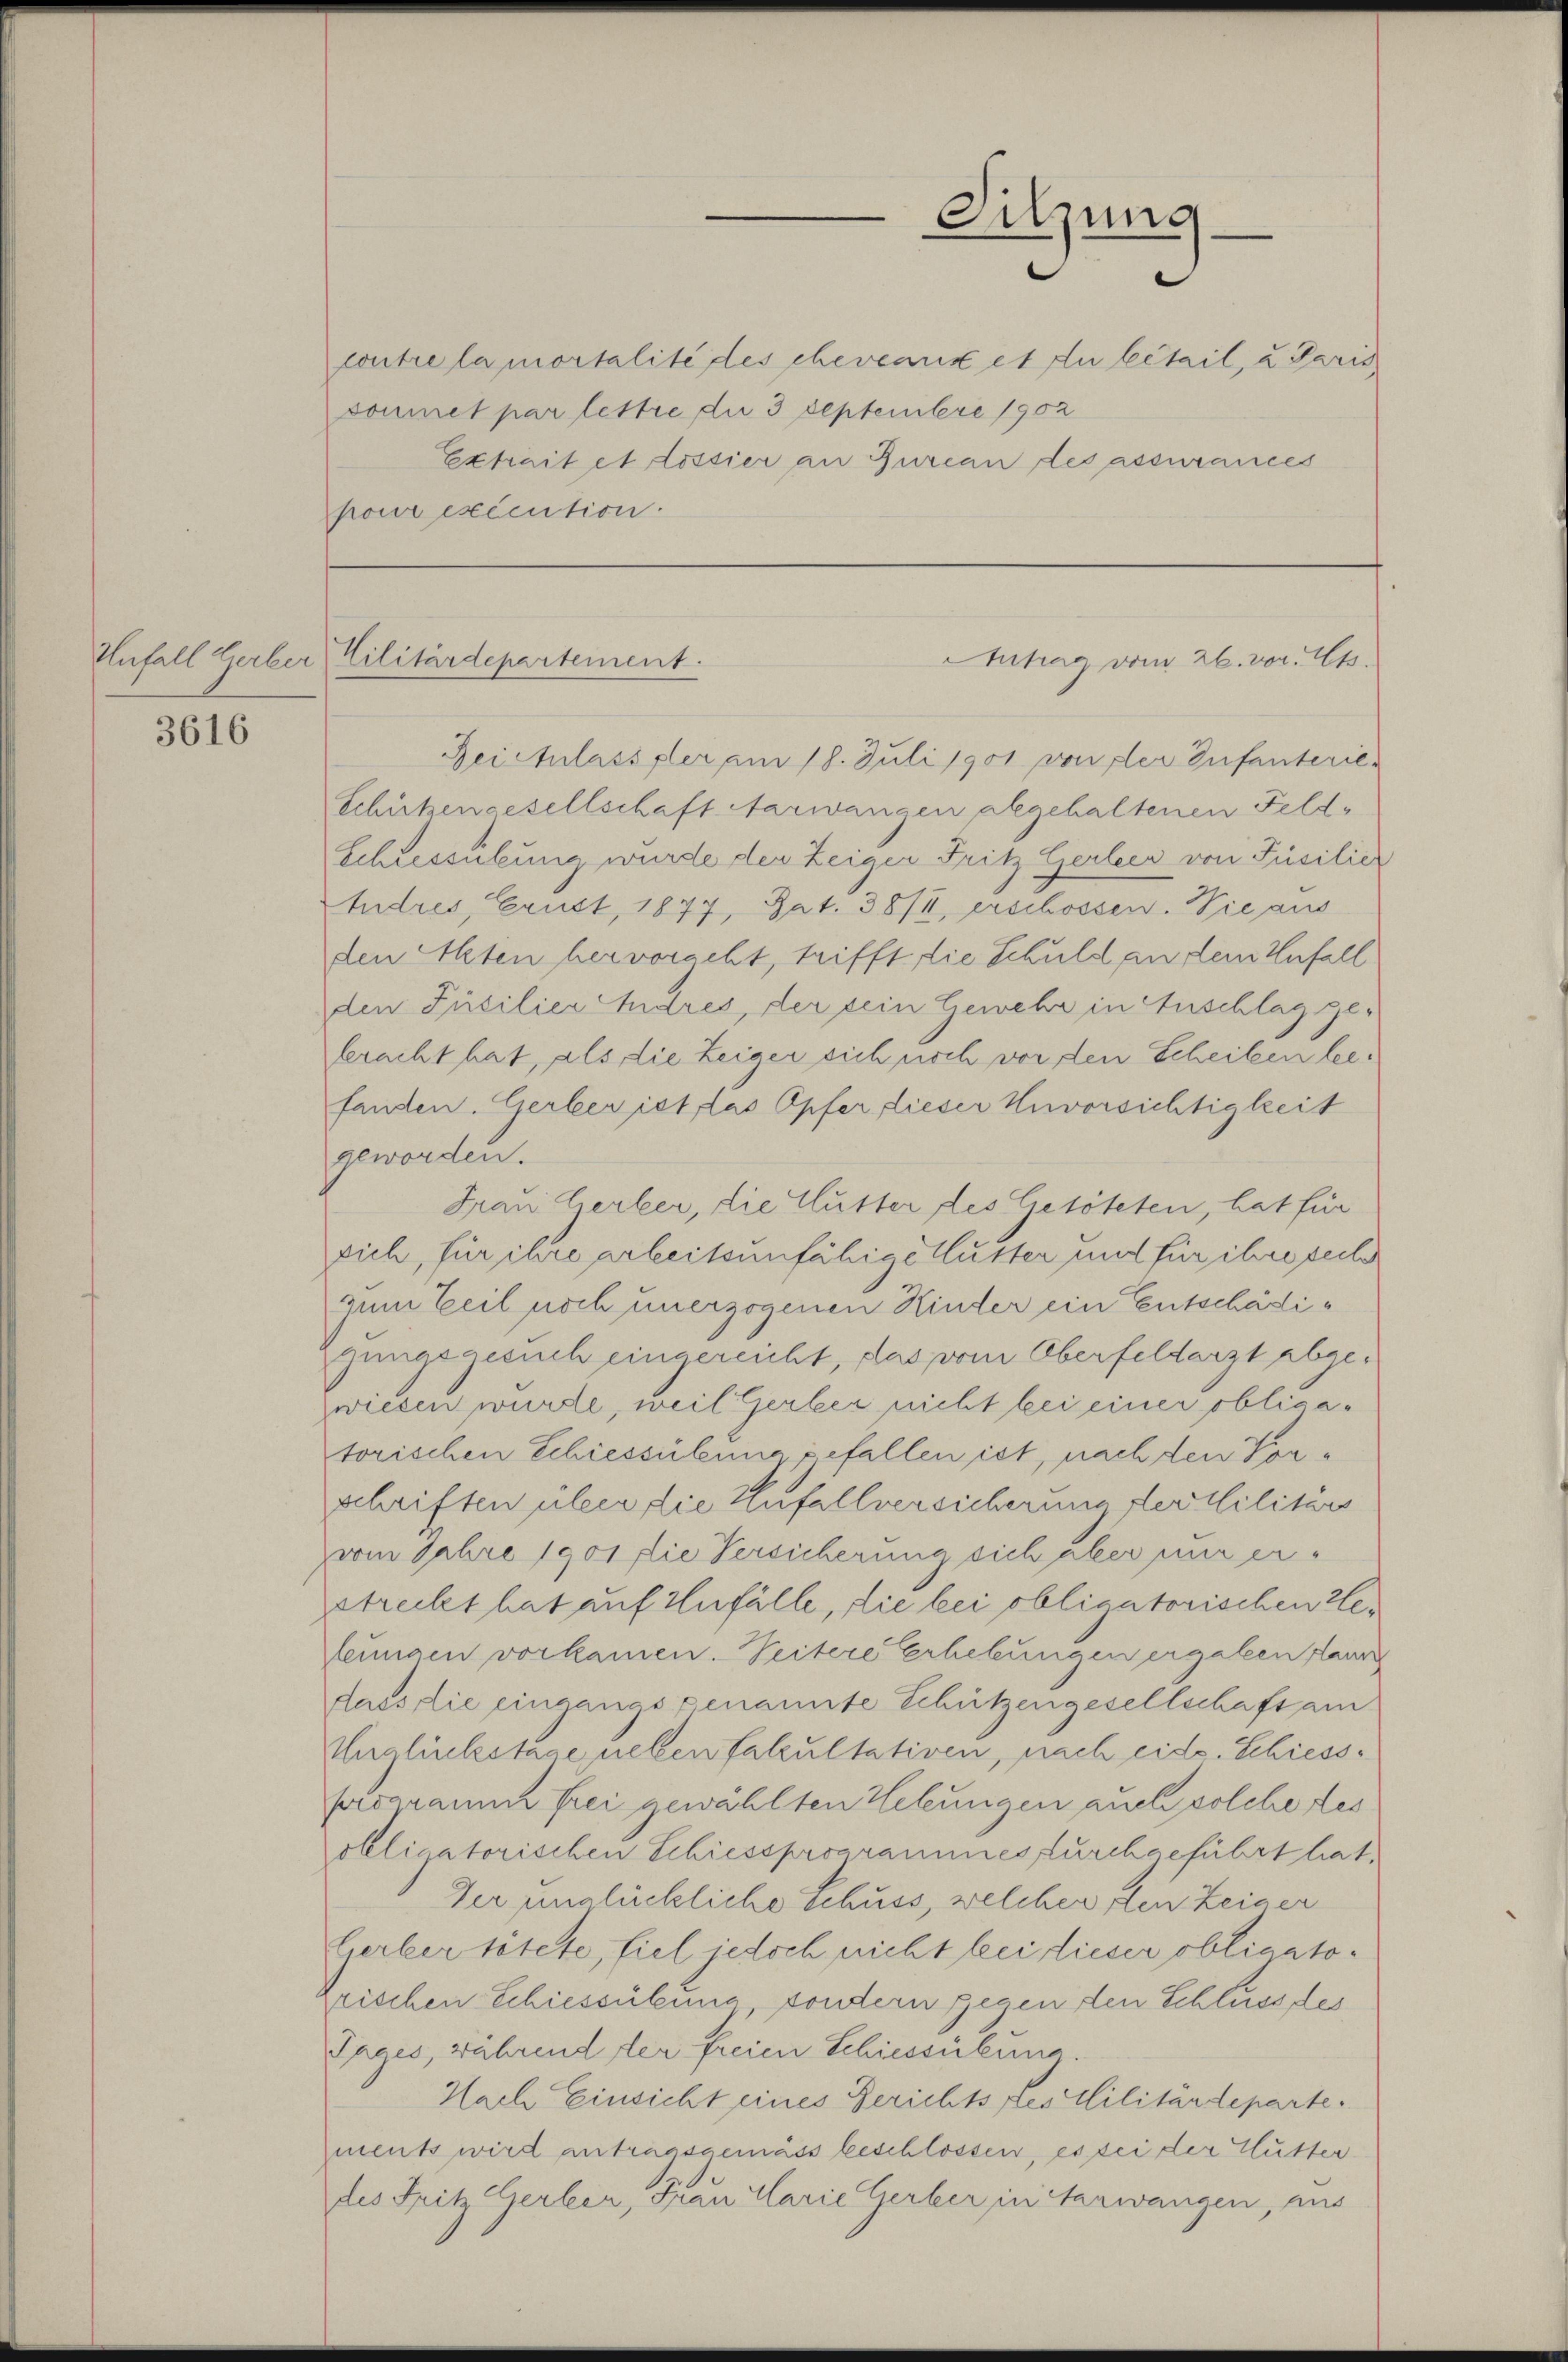
Unfall Gerber

3616

contre la mortalité des chevenir et du bétail, u. Paris
soumet par lettre die 3 Septembere 1902
Extrait et Lossier an Furcan des assurances
pour exécution.

Cilitärdepartement.

Sitzung

Antrag vom 26. vor. Cts.

Reichlass der am 18. Juli 1901 von der Infanterie¬
Schützengesellschaft Aarwangen abgehaltenen Feld¬
Schressübung wurde der Zeiger Fritz Gerlei von Füsilić
tudres, Erust, 1877, Rat. 38/4, erschossen. Vie aus
den Alten hervoracht, trifft die Schuld an dem Unfall
den Füsilier Andres, der sein Gewehr in Anschlag gebracht hat, als die Zeiger sich noch vor den Scheilen leifanden. Gerber ist das Opfer, lieser Unvorsichtigkeit
geworden.
Frau Gerber, die Mutter des Getöteten, hat für
sich, für ihre arbeitsunfähige Huster und für ihre seie
zum Teil noch unerzogenen Kinder ein Entschädigungsgesuch eingereicht, das vom Oberfeldarzt abgewiesen wurde, weil Gerber nicht bei einer oblicatorischen Schiessübung gefallen ist, nach den Synschriften über die Zufallversicherung der Militärs
vom Jahre 1901 die Versicherung sich aber nur erstreckt hat auf Anfälle, die bei obligatorischen Zeeungen vorkamen. Seitere Erhebungen ergaben kann
dass die eingangs genannte Schützengesellschaft am
Unglückstage neben Fakultativen, nach eide. Schiess-
programm frei gewählten Hebungen auch solche des
obligatorischen Schiessprogrammes durchgeführt hat.
Der unglückliche Schuss, welcher den Zeiner
Gerker tötete, fiel jedoch nicht bei dieser obligatoprischen Schiessübung sondern gegen den Schluss der
Tages, während der freien Schiessübung.
Nach Einsicht eines Gerichts des Militärdeparte.
ments wird antragsgemäss beschlossen, es sei der Mutter-
des Fritz Gerber, Frau Carie Gerber in Verwangen, aus